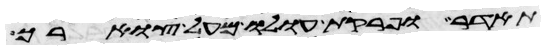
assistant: תהדר ופרקת עולו מעל צוארך